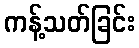
ကန့်သတ်ခြင်း